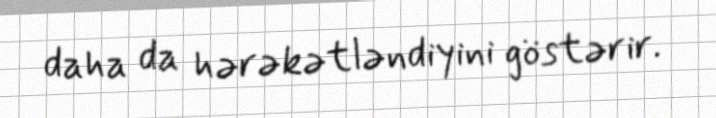
daha da hərəkətləndiyini göstərir.